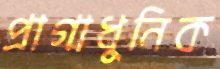
প্রাগাধুনিক